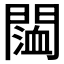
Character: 𨵨